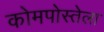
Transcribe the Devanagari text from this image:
कोमपोस्तेला